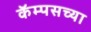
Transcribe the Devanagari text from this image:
कॅम्पसच्या